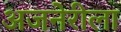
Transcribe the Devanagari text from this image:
अजनेरीला